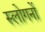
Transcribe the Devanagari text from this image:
स्लोगनों